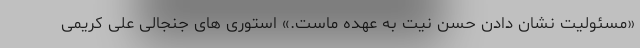
«مسئولیت نشان دادن حسن نیت به عهده ماست.» استوری های جنجالی علی کریمی